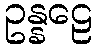
ဥန္နဠေ